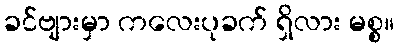
ခင်ဗျားမှာ ကလေးပုခက် ရှိလား မစ္စ။